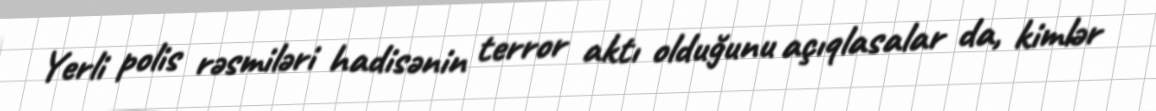
Yerli polis rəsmiləri hadisənin terror aktı olduğunu açıqlasalar da, kimlər